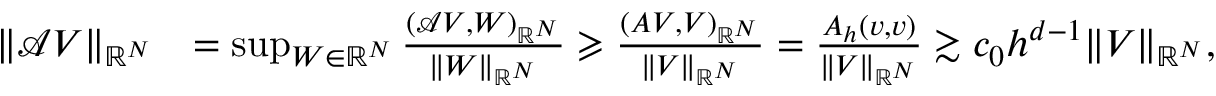
\begin{array} { r l } { \| \mathcal { A } V \| _ { \mathbb { R } ^ { N } } } & { = \operatorname* { s u p } _ { W \in \mathbb { R } ^ { N } } \frac { ( \mathcal { A } V , W ) _ { \mathbb { R } ^ { N } } } { \| W \| _ { \mathbb { R } ^ { N } } } \geqslant \frac { ( A V , V ) _ { \mathbb { R } ^ { N } } } { \| V \| _ { \mathbb { R } ^ { N } } } = \frac { A _ { h } ( v , v ) } { \| V \| _ { \mathbb { R } ^ { N } } } \gtrsim c _ { 0 } h ^ { d - 1 } \| V \| _ { \mathbb { R } ^ { N } } , } \end{array}